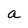
Character: a